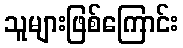
သူများဖြစ်ကြောင်း